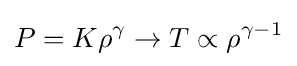
P=K\rho ^{\gamma }\rightarrow T\propto \rho ^{\gamma -1}